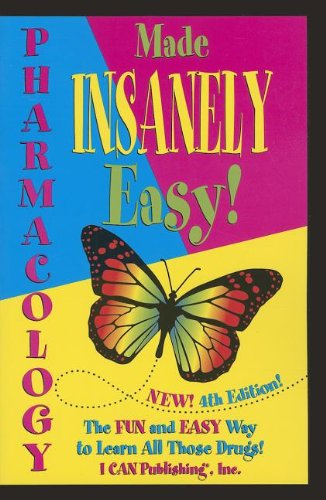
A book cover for Pharmacology Made Insanely Easy; Loretta Manning; Medical Books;